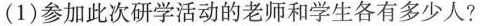
(1)参加此次研学活动的老师和学生各有多少人?